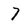
Character: 7